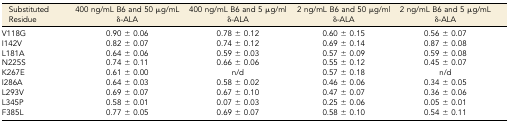
<table><thead><tr><td><b>Substituted Residue</b></td><td><b>400 ng/mL B6 and 50 μg/mL δ-ALA</b></td><td><b>400 ng/mL B6 and 5 μg/ml δ-ALA</b></td><td><b>2 ng/mL B6 and 50 μg/ml δ-ALA</b></td><td><b>2 ng/mL B6 and 5 μg/mL δ-ALA</b></td></tr></thead><tbody><tr><td>V118G</td><td>0.90 ± 0.06</td><td>0.78 ± 0.12</td><td>0.60 ± 0.15</td><td>0.56 ± 0.07</td></tr><tr><td>I142V</td><td>0.82 ± 0.07</td><td>0.74 ± 0.12</td><td>0.69 ± 0.14</td><td>0.87 ± 0.08</td></tr><tr><td>L181A</td><td>0.64 ± 0.06</td><td>0.59 ± 0.03</td><td>0.57 ± 0.09</td><td>0.59 ± 0.08</td></tr><tr><td>N225S</td><td>0.74 ± 0.11</td><td>0.66 ± 0.06</td><td>0.55 ± 0.12</td><td>0.45 ± 0.07</td></tr><tr><td>K267E</td><td>0.61 ± 0.00</td><td>n/d</td><td>0.57 ± 0.18</td><td>n/d</td></tr><tr><td>I286A</td><td>0.64 ± 0.03</td><td>0.58 ± 0.02</td><td>0.46 ± 0.06</td><td>0.34 ± 0.05</td></tr><tr><td>L293V</td><td>0.69 ± 0.07</td><td>0.67 ± 0.10</td><td>0.47 ± 0.07</td><td>0.36 ± 0.06</td></tr><tr><td>L345P</td><td>0.58 ± 0.01</td><td>0.07 ± 0.03</td><td>0.25 ± 0.06</td><td>0.05 ± 0.01</td></tr><tr><td>F385L</td><td>0.77 ± 0.05</td><td>0.69 ± 0.07</td><td>0.58 ± 0.10</td><td>0.54 ± 0.11</td></tr></tbody></table>